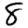
Digit: 8